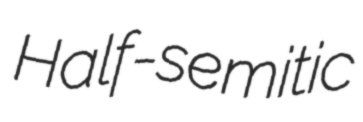
Half-semitic